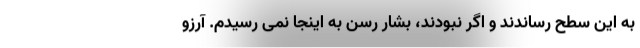
به این سطح رساندند و اگر نبودند، بشار رسن به اینجا نمى رسیدم. آرزو